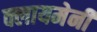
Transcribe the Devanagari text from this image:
क्लायमेनी